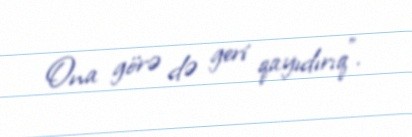
Ona görə də geri qayıdırıq".